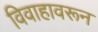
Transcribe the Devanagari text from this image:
विवाहावरून